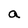
Character: a